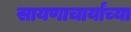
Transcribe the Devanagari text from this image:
सायणाचार्यांच्या